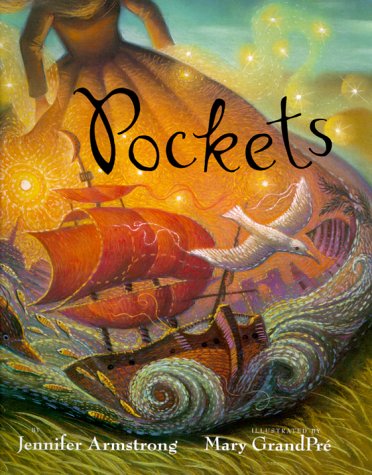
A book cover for Pockets; Jennifer Armstrong; Children's Books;